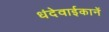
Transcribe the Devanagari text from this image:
धंदेवाईकानें